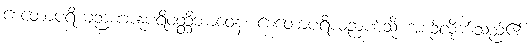
စေတောပရိယဉာဏာနုပရိဝတ္တိဘာဝေန၊ စေတောပရိယဉာဏ်သို့ အစဉ်လိုက်သည်၏